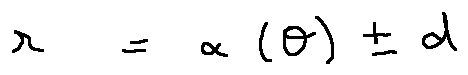
r = \alpha ( \theta ) \pm d